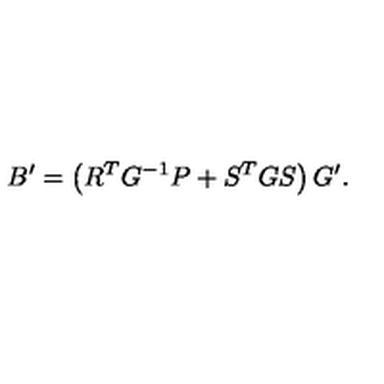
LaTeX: B ^ { \prime } = \left( R ^ { T } G ^ { - 1 } P + S ^ { T } G S \right) G ^ { \prime } .